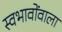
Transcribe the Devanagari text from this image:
स्वभावोंवाला